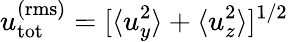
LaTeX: u_{\mathrm{tot}}^{\mathrm{(rms)}}=[\langle u_{y}^{2}\rangle+\langle u_{z}^{2}\rangle]^{1/2}